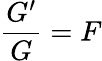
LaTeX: {\frac{G^{\prime}}{G}}=F